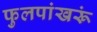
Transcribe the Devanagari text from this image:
फुलपांखरूं